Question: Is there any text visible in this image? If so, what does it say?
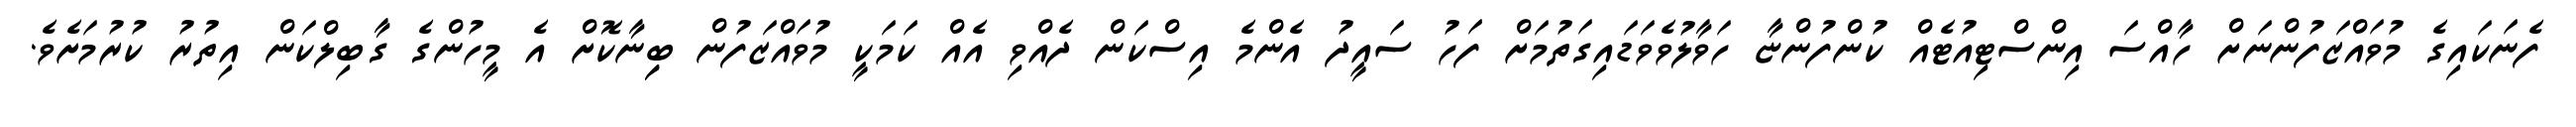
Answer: ފެނަކައިގެ މުވައްޒަފުންނަށް ހާއްސަ އިންސްޓިއުޓެއް ކުންފުންޏާ ހަވާލުވެވަޑައިގަތުމަށް ފަހު ސައީދު އެންމެ އިސްކަން ދެއްވި އެއް ކަމަކީ މުވައްޒަފުން ބިިނާކޮށް އެ މީހުންގެ ގާބިލްކަން އިތުރު ކުރުމަށެވެ.